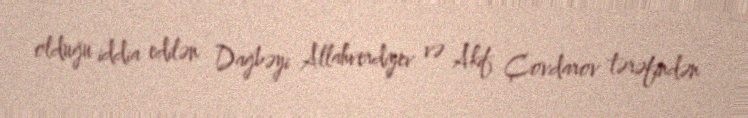
olduğu iddia edilən Dağbəyi Allahverdiyev və Akif Çovdarov tərəfindən